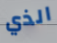
الذي